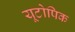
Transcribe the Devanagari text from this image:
यूटोपिक